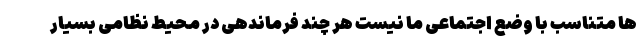
ها متناسب با وضع اجتماعی ما نیست هر چند فرماندهی در محیط نظامی بسیار